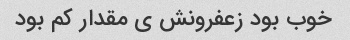
خوب بود زعفرونش ی مقدار کم بود